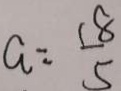
a = \frac { 1 8 } { 5 }